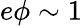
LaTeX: e\phi\sim 1